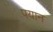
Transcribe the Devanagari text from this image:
पयान